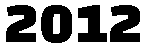
2012